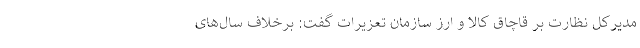
مدیرکل نظارت بر قاچاق کالا و ارز سازمان تعزیرات گفت: برخلاف سال‌های